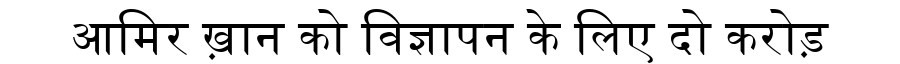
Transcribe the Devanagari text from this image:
आमिर ख़ान को विज्ञापन के लिए दो करोड़